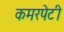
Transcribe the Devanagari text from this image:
कमरपेटी